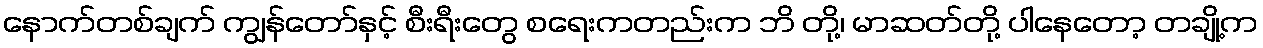
နောက်တစ်ချက် ကျွန်တော်နှင့် စီးရီးတွေ စရေးကတည်းက ဘိ တို့၊ မာဆတ်တို့ ပါနေတော့ တချို့က